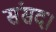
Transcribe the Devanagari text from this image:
संसद।